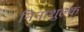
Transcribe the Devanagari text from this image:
निनाशुल्क